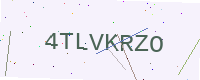
Text: 4TLVKRZO